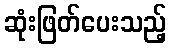
ဆုံးဖြတ်ပေးသည့်